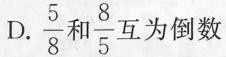
D. \frac{5}{8} 和 \frac{8}{5} 互为倒数